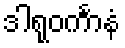
ဒါရုဝင်္ကာနံ